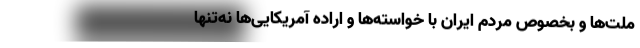
ملت‌ها و بخصوص مردم ایران با خواسته‌ها و اراده‌ آمریکایی‌ها نه‌تنها